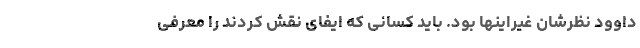
داوود نظرشان غیراینها بود. باید کسانی که ایفای نقش کردند را معرفی